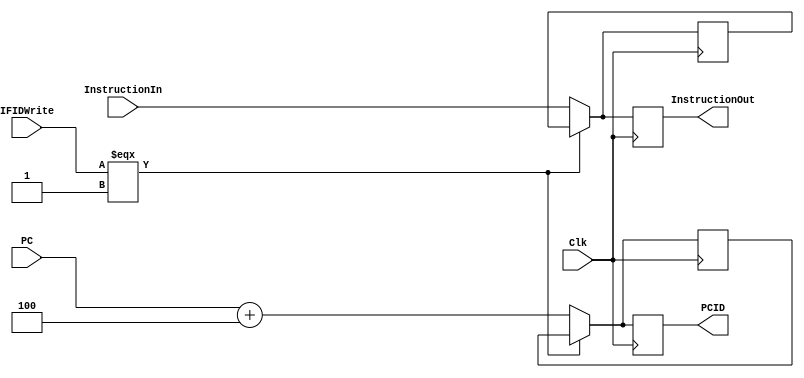
module FR_IF_ID(
    input Clk,
    input [31:0]InstructionIn,
	 input IFIDWrite,
	 //input ResetIDIF,
	 input [31:0]PC,
    output [31:0]InstructionOut,
	 output [31:0]PCID
    );
	 reg [31:0]data1,InstructionOut, PCID /*= 32'b0*/;
	 reg [31:0]data2;
	 always @(posedge Clk) begin
		/*if (ResetIDIF === 1 ) begin
			data1 = 32'b0;
			data2 = 32'b0;
		end*/
		if (IFIDWrite === 1) begin 
			data1 = data1;
			data2 = data2;
		end
		else begin//zheli you yige wenti ???
			data1 = InstructionIn;//ָ
			data2 = PC + 4;
		end
		InstructionOut = data1;
		PCID = data2;
	 end
endmodule